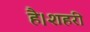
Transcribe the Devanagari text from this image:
है।शहरी